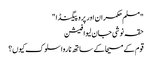
"مسلم حکمران اور پروپیگنڈا "
حقہ نوشی جان لیوا فیشن
قوم کے مسیحا کے ساتھ ناروا سلوک کیوں؟